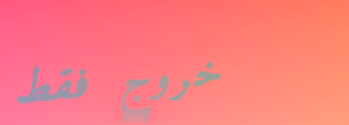
خروج فقط